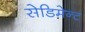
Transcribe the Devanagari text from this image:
सेडिमेन्ट